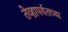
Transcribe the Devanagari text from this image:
तेव्हापर्यतच्या